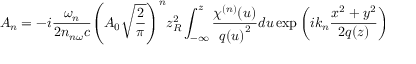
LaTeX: { { A } _ { n } } = - i { \frac { { \omega } _ { n } } { 2 { { n } _ { n \omega } } c } } { { \left( { { A } _ { 0 } } { \sqrt { \frac { 2 } { \pi } } } \right) } ^ { n } } z _ { R } ^ { 2 } \int _ { - \infty } ^ { z } { { \frac { { { \chi } ^ { ( n ) } } ( u ) } { q { { ( u ) } ^ { 2 } } } } d u } \exp \left( i { { k } _ { n } } { \frac { { { x } ^ { 2 } } + { { y } ^ { 2 } } } { 2 q ( z ) } } \right)